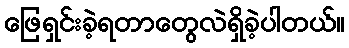
ဖြေရှင်းခဲ့ရတာတွေလဲရှိခဲ့ပါတယ်။